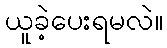
ယူခဲ့ပေးရမလဲ။